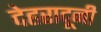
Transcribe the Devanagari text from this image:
देहरादूनी